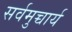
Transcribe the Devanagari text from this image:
सर्वमुच्चार्य